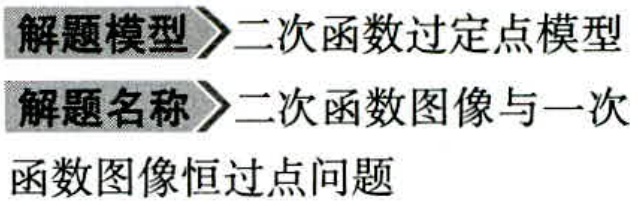
解题模型$\to$二次函数过定点模型
解题名称$\to$二次函数图像与一次函数图像恒过点问题